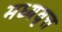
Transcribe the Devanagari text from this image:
मध्यवृत्त